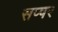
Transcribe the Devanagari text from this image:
सप्षर